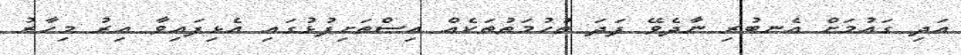
އަދި ގައުމަށް އެނބުރި ނާދެވޭ ފަދަ ތުހުމަތުތަކެއް އިސްތަށިފުޅުގައި އެޅިފައިވާ އިރު މިހާރު